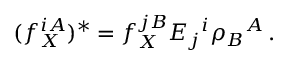
( f _ { X } ^ { i A } ) ^ { * } = f _ { X } ^ { j B } E _ { j } { } ^ { i } \rho _ { B } { } ^ { A } \, .